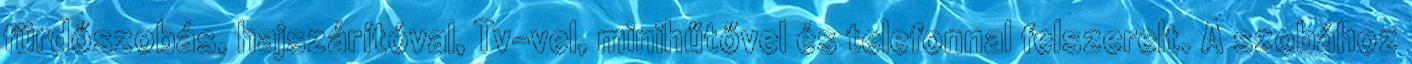
fürdőszobás, hajszárítóval, Tv-vel, minihűtővel és telefonnal felszerelt. A szobához